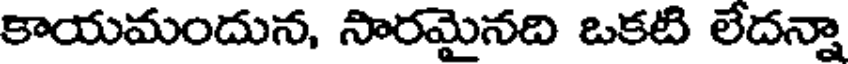
కాయమందున, సారమైనది ఒకటి లేదన్నా